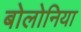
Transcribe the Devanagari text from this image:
बोलोनिया